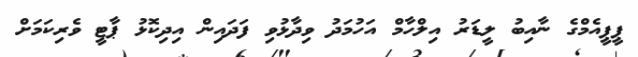
ޕީޕީއެމްގެ ނާއިބު ލީޑަރު އިލްހާމް އަހުމަދު ވިދާޅުވި ފަދައިން އިދިކޮޅު ޕާޓީ ވެރިކަމަށް